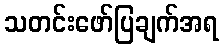
သတင်းဖော်ပြချက်အရ